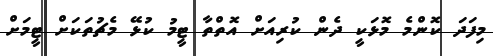
މިފަދަ ކޮންމެ މޮޅަކީ ދެން ކުރިއަށް އޮތްތާ ޓީމު ކުޅޭ މެޗުތަކަށް ޓީމަށް